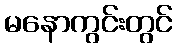
မနောကွင်းတွင်